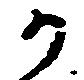
か